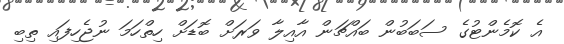
އެ ކޮމެންޓުގެ ސަބަބުން ބައްޗަން އާއިލާ ވަރަށް ބޮޑަށް ހިތްހަމަ ނުޖެހިފައި ތިބި